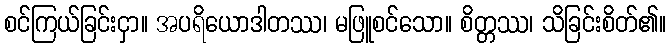
စင်ကြယ်ခြင်းငှာ။ အပရိယောဒါတဿ၊ မဖြူစင်သော။ စိတ္တဿ၊ သိခြင်းစိတ်၏။